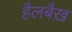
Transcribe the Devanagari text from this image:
हैलबैख़